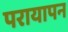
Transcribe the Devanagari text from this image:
परायापन